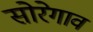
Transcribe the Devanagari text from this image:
सोरेगाव